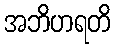
အဘိဟရတိ